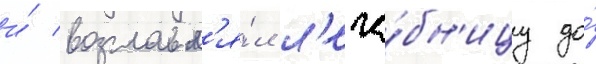
и́ возглавл'я́л л'ече́бн'ицу до́